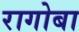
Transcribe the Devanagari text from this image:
रागोबा